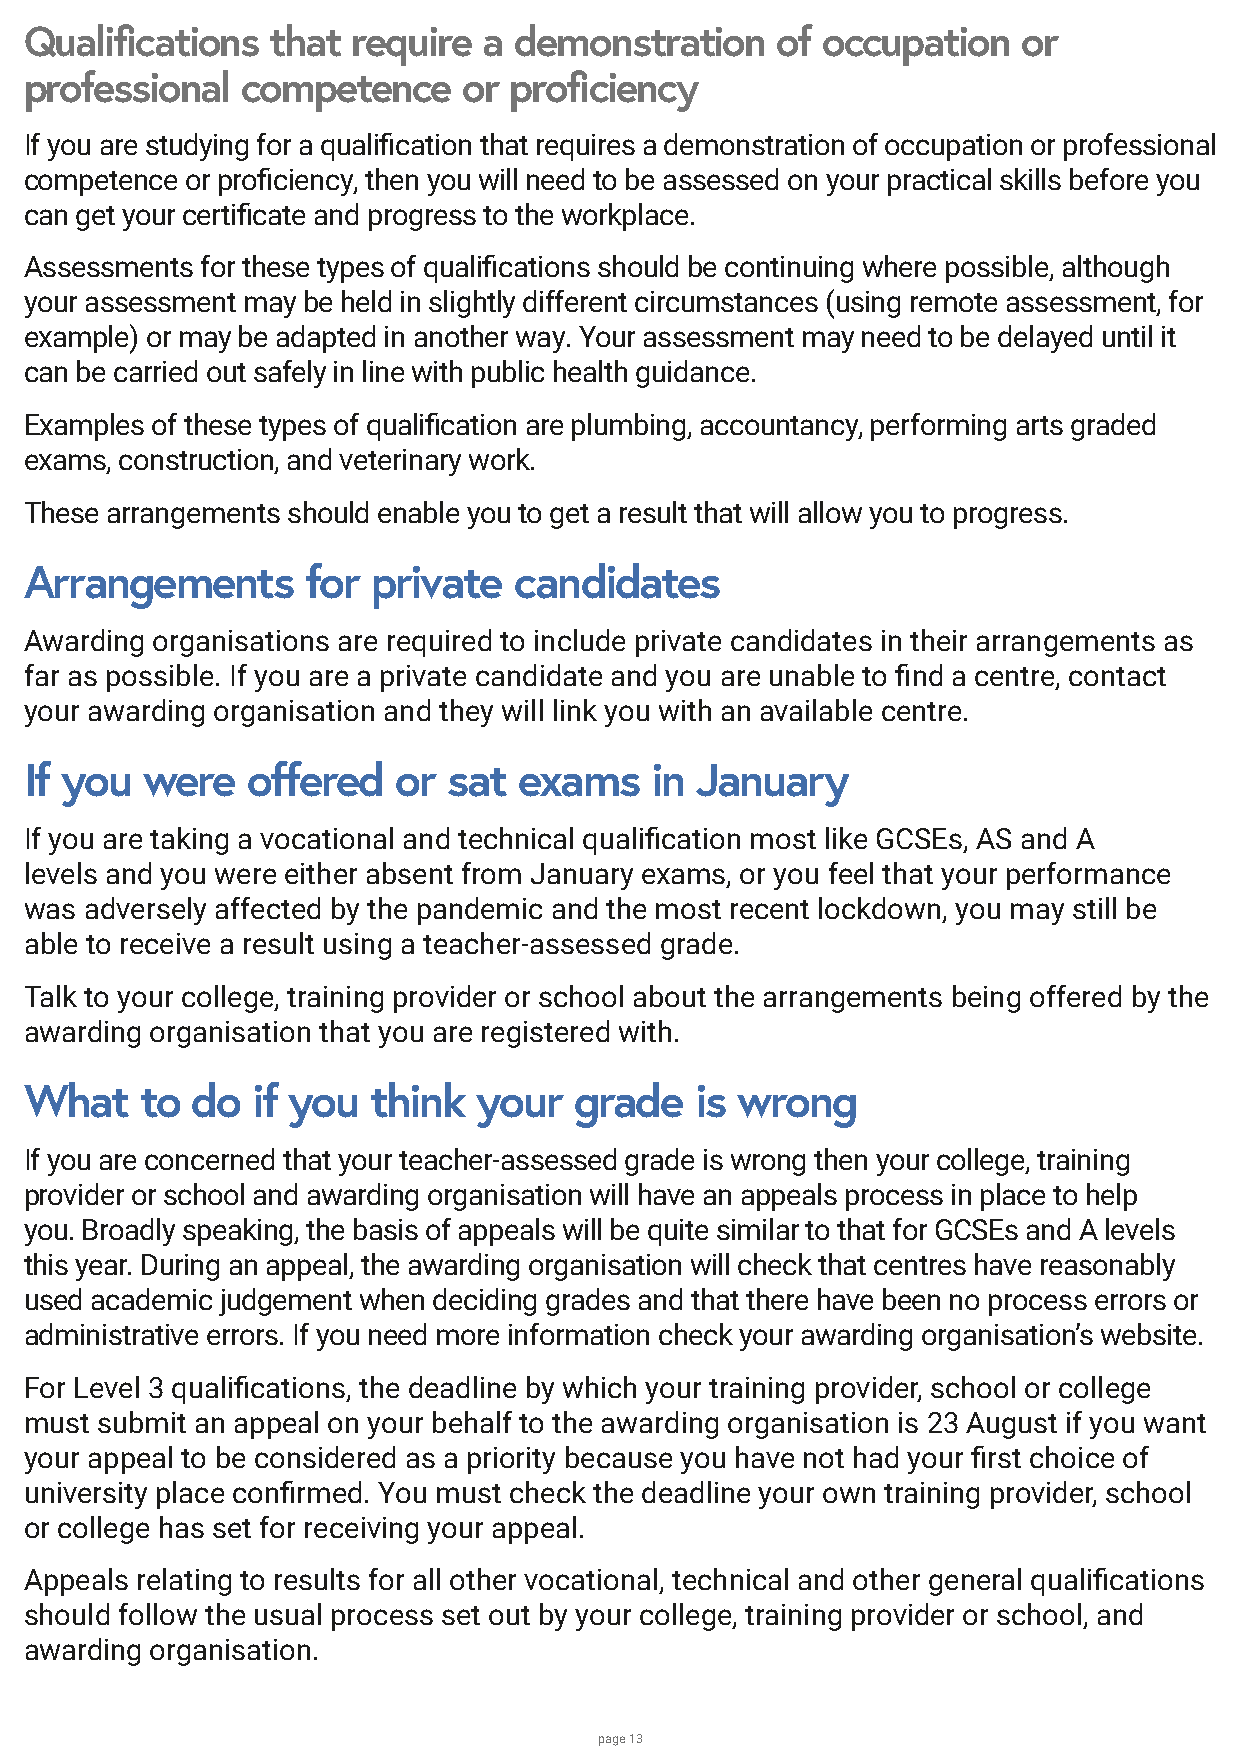
Qualifications  that require  a demonstration    of occupation    or
 professional  competence     or proficiency
 If you are studying for a qualification that requires a demonstration of occupation or professional
 competence or proficiency, then you will need to be assessed on your practical skills before you
 can get your certificate and progress to the workplace.
 Assessments for these types of qualifications should be continuing where possible, although
 your assessment may be held in slightly different circumstances (using remote assessment, for
 example) or may be adapted in another way. Your assessment may need to be delayed until it
 can be carried out safely in line with public health guidance.
 Examples of these types of qualification are plumbing, accountancy, performing arts graded
 exams, construction, and veterinary work.
 These arrangements should enable you to get a result that will allow you to progress.
 Arrangements      for  private  candidates
 Awarding organisations are required to include private candidates in their arrangements as
 far as possible. If you are a private candidate and you are unable to find a centre, contact
 your awarding organisation and they will link you with an available centre.
 If you were   offered   or  sat exams    in January
 If you are taking a vocational and technical qualification most like GCSEs, AS and A
 levels and you were either absent from January exams, or you feel that your performance
 was adversely affected by the pandemic and the most recent lockdown, you may still be
 able to receive a result using a teacher-assessed grade.
 Talk to your college, training provider or school about the arrangements being offered by the
 awarding organisation that you are registered with.
 What   to  do  if you  think  your  grade   is wrong
 If you are concerned that your teacher-assessed grade is wrong then your college, training
 provider or school and awarding organisation will have an appeals process in place to help
 you. Broadly speaking, the basis of appeals will be quite similar to that for GCSEs and A levels
 this year. During an appeal, the awarding organisation will check that centres have reasonably
 used academic judgement when deciding grades and that there have been no process errors or
 administrative errors. If you need more information check your awarding organisation’s website.
 For Level 3 qualifications, the deadline by which your training provider, school or college
 must submit an appeal on your behalf to the awarding organisation is 23 August if you want
 your appeal to be considered as a priority because you have not had your first choice of
 university place confirmed. You must check the deadline your own training provider, school
 or college has set for receiving your appeal.
 Appeals relating to results for all other vocational, technical and other general qualifications
 should follow the usual process set out by your college, training provider or school, and
 awarding organisation.
 page 13